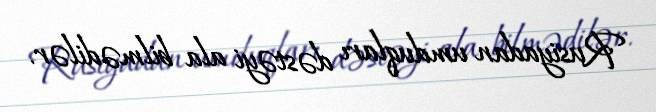
Rusiyadan umduqları dəstəyi ala bilmədilər.